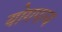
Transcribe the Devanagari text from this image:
योगपत्य